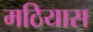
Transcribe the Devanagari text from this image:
मठियास